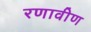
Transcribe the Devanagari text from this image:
रणावीण